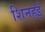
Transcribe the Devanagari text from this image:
शिनहई